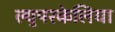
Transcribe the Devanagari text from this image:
ल्युपरकेलिया